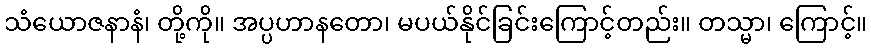
သံယောဇနာနံ၊ တို့ကို။ အပ္ပဟာနတော၊ မပယ်နိုင်ခြင်းကြောင့်တည်း။ တသ္မာ၊ ကြောင့်။